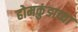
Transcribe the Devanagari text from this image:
होमकुंडाच्या